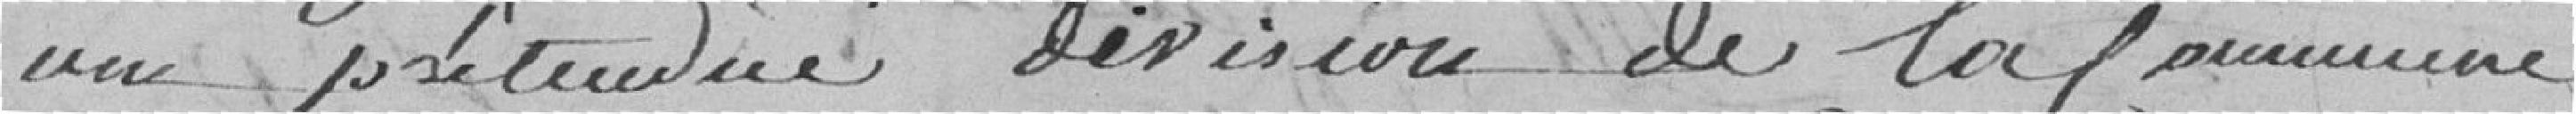
une prétendue division de la commune,